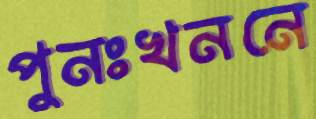
পুনঃখননে